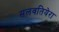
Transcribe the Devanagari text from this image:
सलवतियेरा